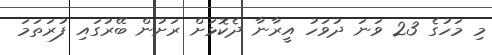
މި މަހުގެ 23 ވަނަ ދުވަހު އީރާނާ ދެކޮޅަށް ރަށުން ބޭރުގައި ފުރަތަމަ